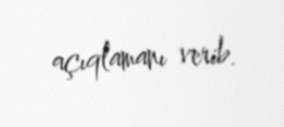
açıqlamanı verib.